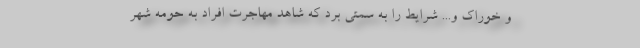
و خوراک و... شرایط را به سمتی برد که شاهد مهاجرت افراد به حومه شهر